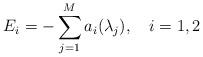
LaTeX: \begin{align*}E_i = - \sum_{j=1}^M a_i(\lambda_j), \quad i=1,2\end{align*}